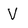
Character: V